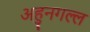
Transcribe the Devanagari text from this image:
अहुनगल्ल